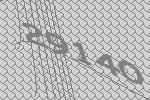
29140